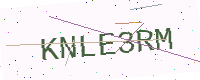
Text: KNLE3RM